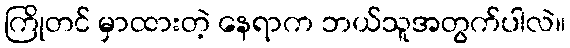
ကြိုတင် မှာထားတဲ့ နေရာက ဘယ်သူအတွက်ပါလဲ။